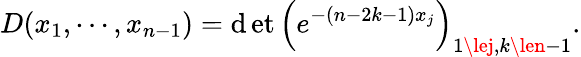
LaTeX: D(x_{1},\cdots,x_{n-1})=\operatorname*{\mathrm{d}et}\left(e^{-(n-2k-1)x_{j}}\right)_{1\lej,k\len-1}.